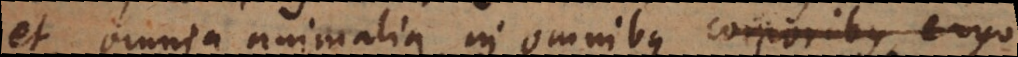
et omnia animalia in omnibus corporibus ergo